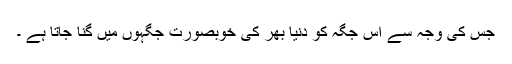
جس کی وجہ سے اس جگہ کو دنیا بھر کی خوبصورت جگہوں میں گنا جاتا ہے ۔